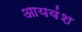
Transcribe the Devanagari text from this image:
आयवंश